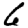
Digit: 6